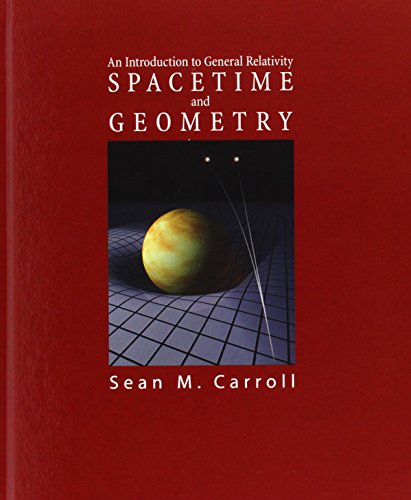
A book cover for Spacetime and Geometry: An Introduction to General Relativity; Sean Carroll; Science & Math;